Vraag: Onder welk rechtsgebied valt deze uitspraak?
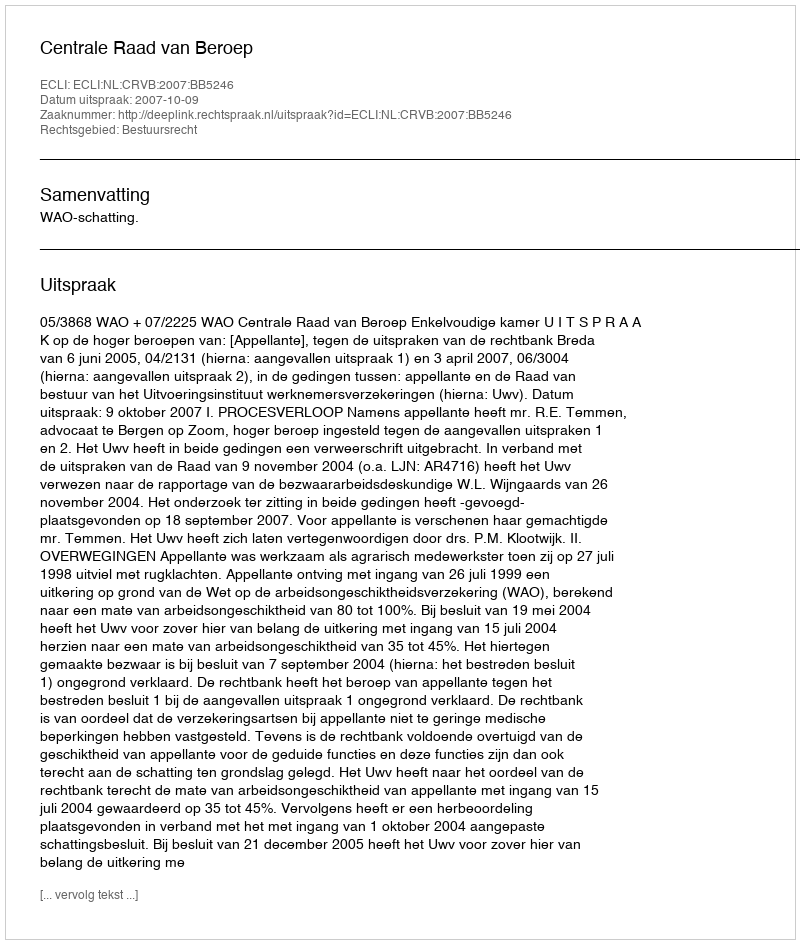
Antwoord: Bestuursrecht